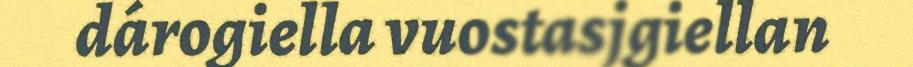
dárogiella vuostasjgiellan